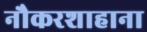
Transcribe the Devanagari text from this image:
नौकरशाहाना